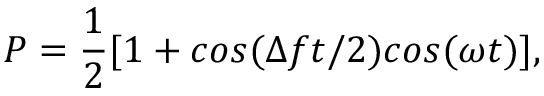
P = \frac { 1 } { 2 } [ 1 + c o s ( \Delta f t / 2 ) c o s ( \omega t ) ] ,